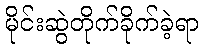
မိုင်းဆွဲတိုက်ခိုက်ခဲ့ရာ